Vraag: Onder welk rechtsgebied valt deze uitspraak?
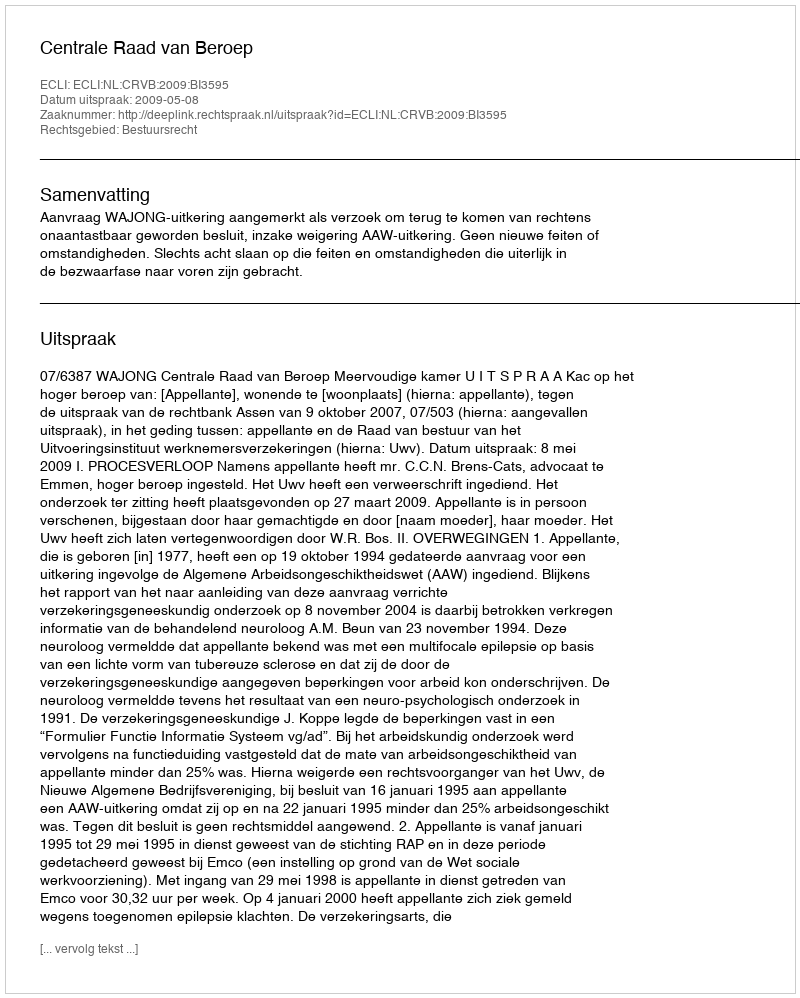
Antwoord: Bestuursrecht